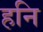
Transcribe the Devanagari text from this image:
हनि